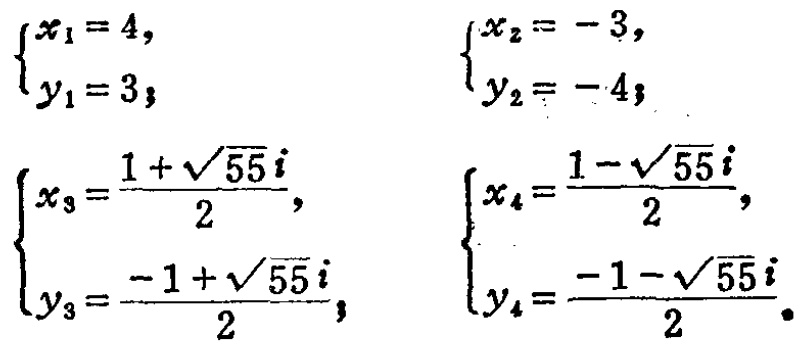
\(\begin{cases}x_1 = 4,\\y_1 = 3;\end{cases}\) \(\begin{cases}x_2 = -3,\\y_2 = -4;\end{cases}\)

\(\begin{cases}x_3=\dfrac{1 + \sqrt{55}i}{2},\\y_3=\dfrac{-1 + \sqrt{55}i}{2};\end{cases}\) \(\begin{cases}x_4=\dfrac{1 - \sqrt{55}i}{2},\\y_4=\dfrac{-1 - \sqrt{55}i}{2}.\end{cases}\)